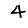
Digit: 4